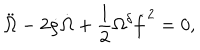
\ddot { \Omega } - 2 \dot { \rho } \dot { \Omega } + \frac { 1 } { 2 } \Omega ^ { \delta } \dot { f } ^ { 2 } = 0 ,